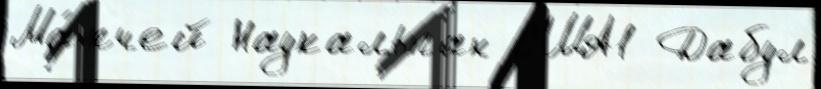
Ма́тчей Наукальпан США1 Дабул